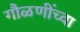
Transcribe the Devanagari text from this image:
गौळणींच्वा